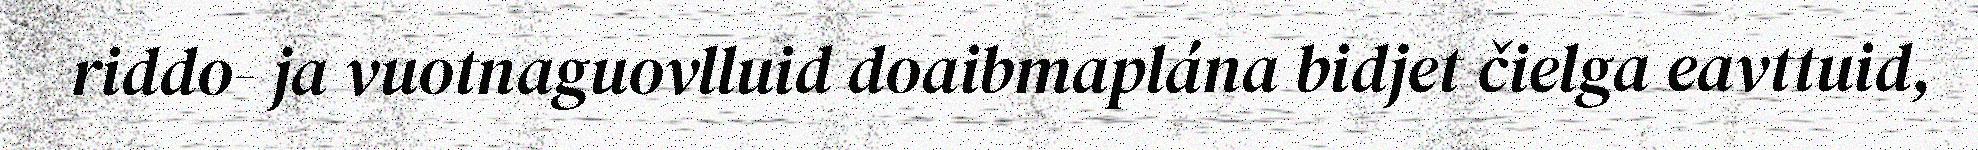
riddo- ja vuotnaguovlluid doaibmaplána bidjet čielga eavttuid,